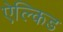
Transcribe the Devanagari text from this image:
ऐल्किड